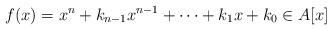
LaTeX: \begin{align*}f(x)=x^{n}+k_{n-1}x^{n-1}+\dots+k_{1}x+k_{0}\in A[x]\end{align*}